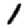
Digit: 1